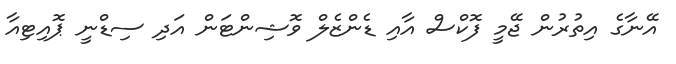
އޭނާގެ އިތުރުން ޖޭމީ ފޮކްސް އާއި ޑެންޒެލް ވޮޝިންޓަން އަދި ސިޑްނީ ޕޮއިޓިއާ